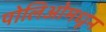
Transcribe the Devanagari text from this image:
पोलिओमधून